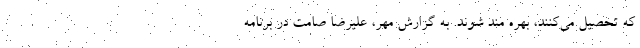
که تحصیل می‌کنند، بهره مند شوند. به گزارش مهر، علیرضا صامت در برنامه